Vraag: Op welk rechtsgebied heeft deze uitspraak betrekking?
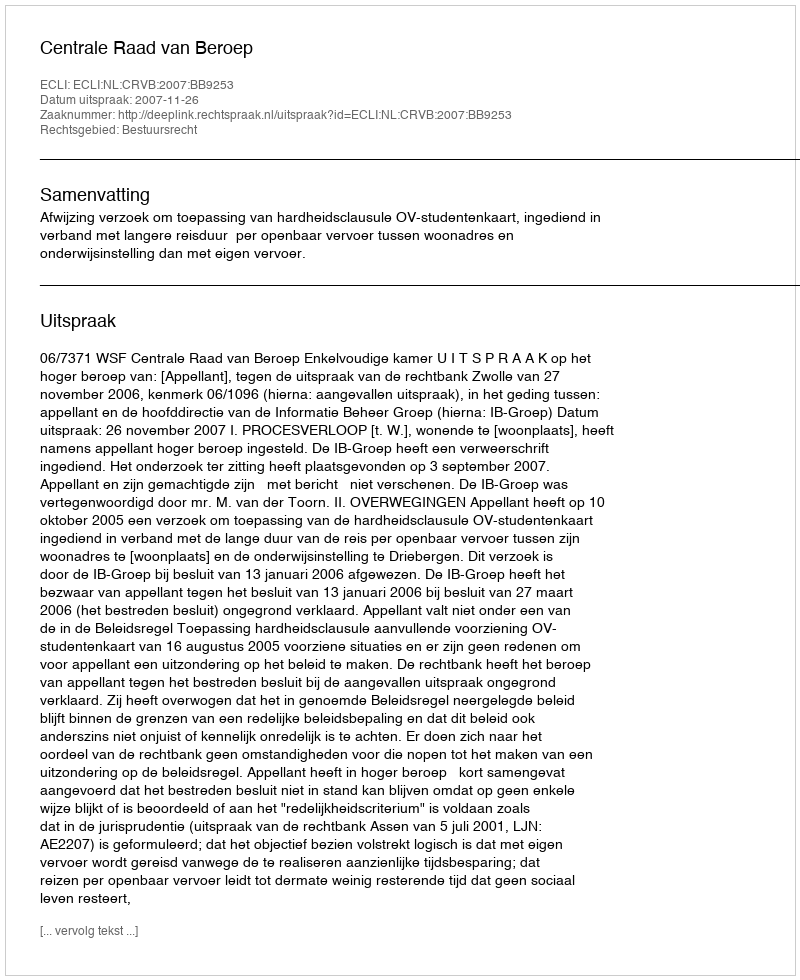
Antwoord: Bestuursrecht